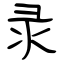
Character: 录